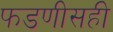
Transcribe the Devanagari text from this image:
फडणीसही